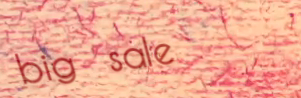
big sale